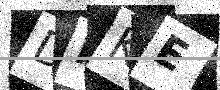
Text: DFKE